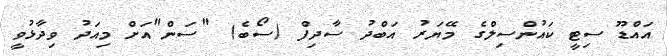
އައްޑޫ ސިޓީ ކައުންސިލްގެ މޭޔަރު އަބްދު ސާދިފް (ސޯބެ) "ސަން"އަށް މިއަދު ވިދާޅުވީ